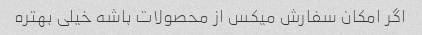
اگر امکان سفارش میکس از محصولات باشه خیلی بهتره